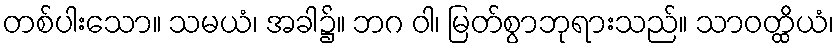
တစ်ပါးသော။ သမယံ၊ အခါ၌။ ဘဂ ဝါ၊ မြတ်စွာဘုရားသည်။ သာဝတ္ထိယံ၊